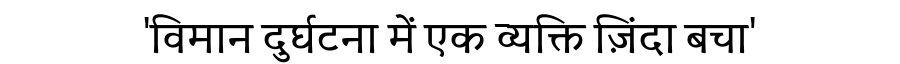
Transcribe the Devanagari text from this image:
'विमान दुर्घटना में एक व्यक्ति ज़िंदा बचा'